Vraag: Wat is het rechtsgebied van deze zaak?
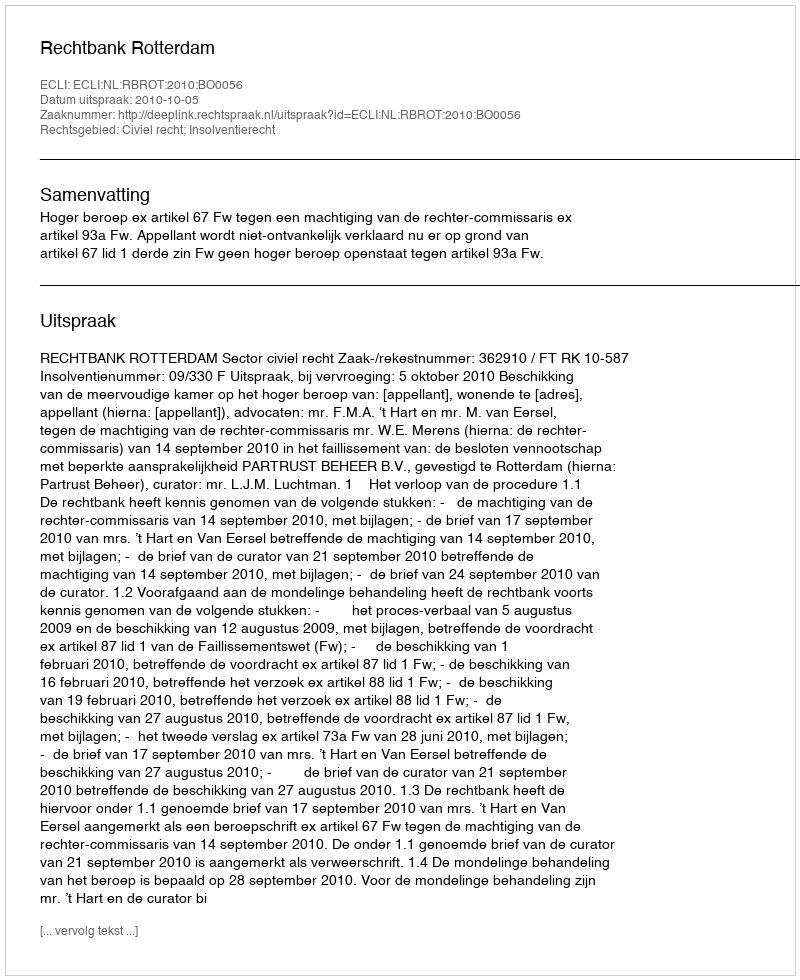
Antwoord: Civiel recht; Insolventierecht